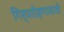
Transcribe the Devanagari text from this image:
गिर्यारोहणासाठी